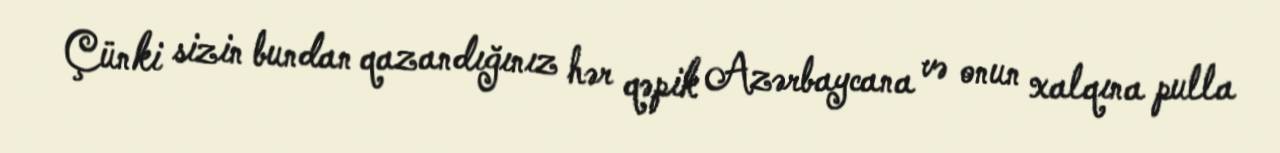
Çünki sizin bundan qazandığınız hər qəpik Azərbaycana və onun xalqına pulla